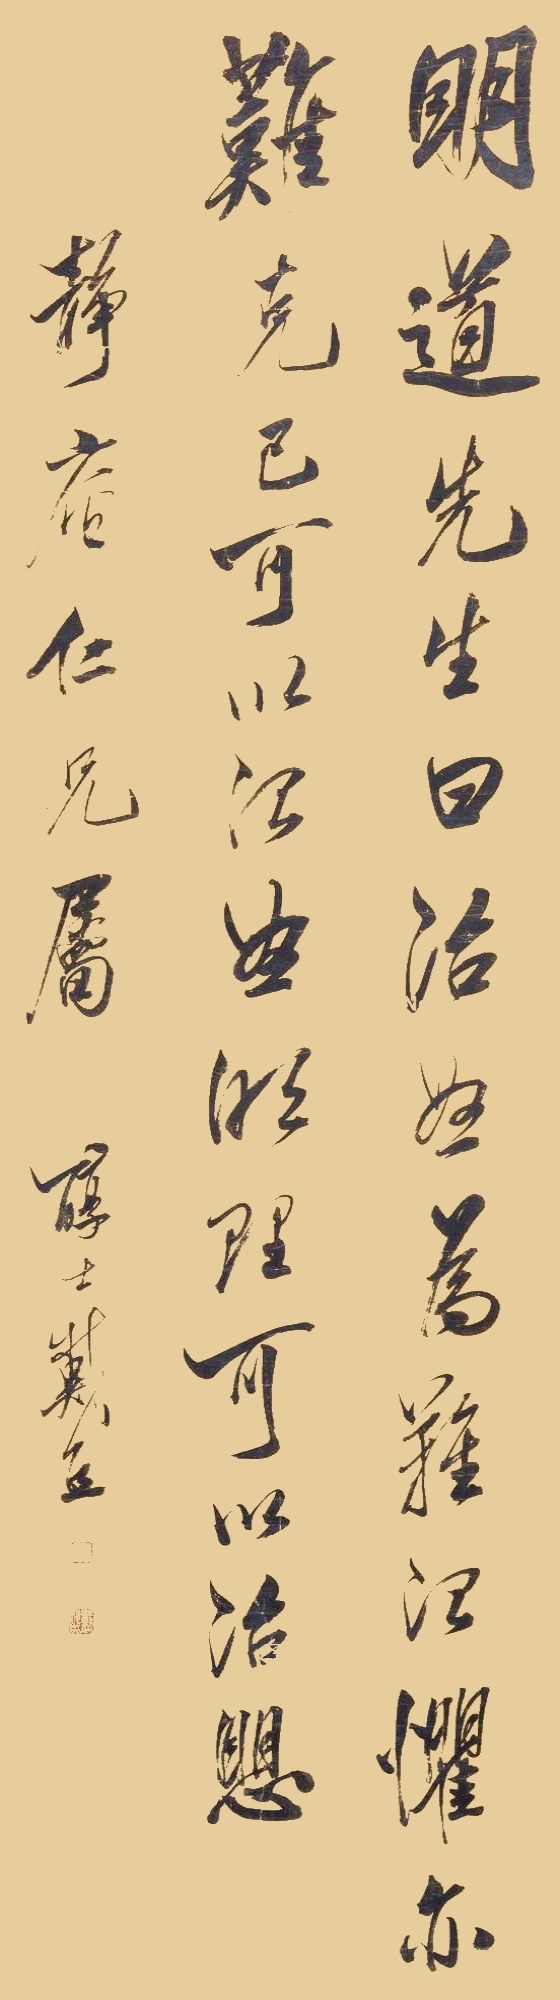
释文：明道先生曰：治怒为难，治惧亦难，克已可以治怒，明理可以治惧。静庵仁兄属醇士戴熙